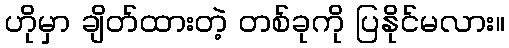
ဟိုမှာ ချိတ်ထားတဲ့ တစ်ခုကို ပြနိုင်မလား။